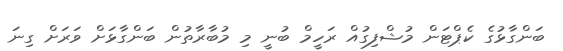
ބަންގާޅުގެ ކެޕްޓަން މުޝްފިގުއް ރަހީމް ބުނީ މި މުބާރާތުން ބަންގާޅަށް ވަރަށް ގިނަ